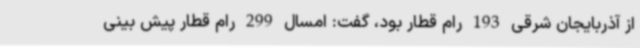
از آذربایجان شرقی 193 رام قطار بود، گفت: امسال 299 رام قطار پیش بینی